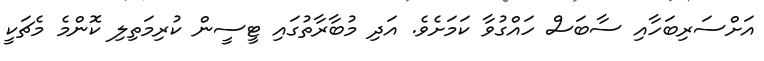
އަށްސަރިބަހާއި ސާބަސް ހައްގުވާ ކަމަށެވެ. އަދި މުބާރާތުގައި ޓީސީން ކުރިމަތިލި ކޮންމެ މެޗަކީ